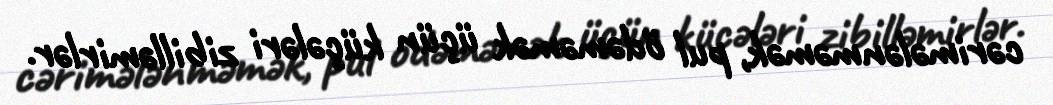
cərimələnməmək, pul ödəməmək üçün küçələri zibilləmirlər.